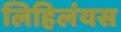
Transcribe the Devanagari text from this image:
लिहिलंयस